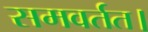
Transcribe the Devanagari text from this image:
समवर्तत।